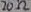
Text: 20Ω